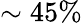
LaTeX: \sim 45\%